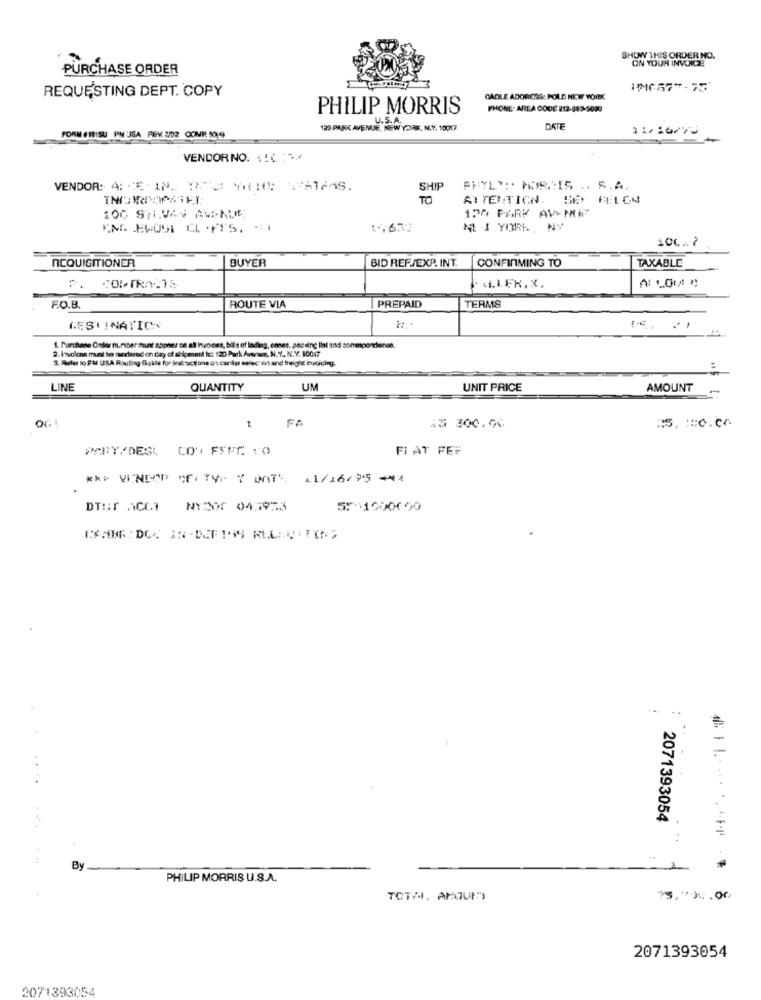
SHOW THIS ORDER NO.
ON YOUR INVOICE
PURCHASE ORDER
REQUESTING DEPT. COPY
:(G877-75'
CADLE ADORESS: POLD NEW YORK
PHILIP MORRIS
PHONE: AREA CODE 212-889-5099
125 PARK AVENUE
NEW YORK, N.Y. 10017
DATE
11/16/70
FORM FISISU PN JSA PEV 2D2 COMP. 509
VENDORNO. 110 1/
SHIP
FRYL' :. MOR. IS .. S.A.
TO
ATTENTION. SEP HEL GM
130 PARK AVENUE"
100 STI.VAS AVENUE
17637
M J YORK, NY
100.7
ACQUISITIONER
BUYER
BID REF/EXP. INT.
CONFIRMING TO
TAXABLE
LLER. X.
F.O.B.
ROUTE VIA
PREPAID
TERMS
DESTINATION
1. Purchase Order number must appres on all invoces, bil's of Inding, enses, peceing Ilist and somespordiense.
2. Involons must be tandlared on day of solomari ie: 120 Park Avewe, N.Y ., N.Y. SCON7
S. Refer to FM USA Routing Guide for kattactions os cardar melecz on and freight invoicing.
LINE
QUANTITY
UM
UNIT PRICE
AMOUNT
=5, : c.c6
OG!
45 300.06
PART/DES,
COV FEFE :O
FI AT FEE
*** VINDOP OF: TYPY DAT. 11/16/95 ***
DTSr ACCI
NY200 045933
5: 1000000
. ..
2071393054
By
PHILIP MORRIS U.S.A.
TOTAL. AROUM")
75,791.00
2071393054
2071393054